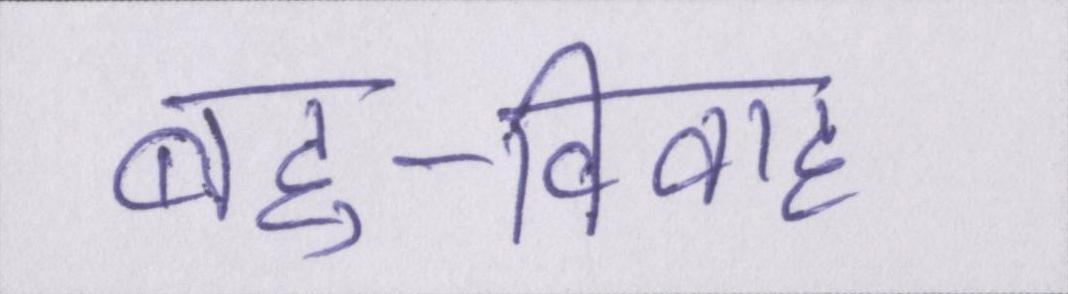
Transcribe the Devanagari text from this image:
बहु-विवाह